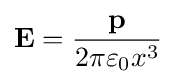
\mathbf {E} ={\frac {\mathbf {p} }{2\pi \varepsilon _{0}x^{3}}}